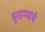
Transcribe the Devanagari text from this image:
घुसण्याचे